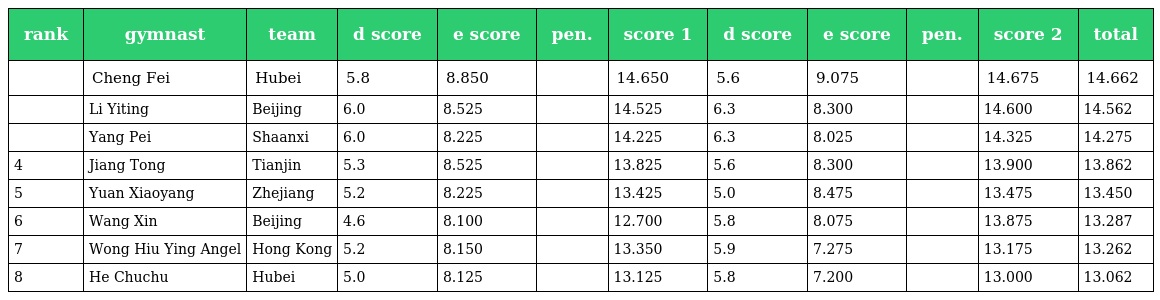
| rank | gymnast | team | d score | e score | pen. | score 1 | d score | e score | pen. | score 2 | total |
 | --- | --- | --- | --- | --- | --- | --- | --- | --- | --- | --- | --- |
 |  | Cheng Fei | Hubei | 5.8 | 8.850 |  | 14.650 | 5.6 | 9.075 |  | 14.675 | 14.662 |
 |  | Li Yiting | Beijing | 6.0 | 8.525 |  | 14.525 | 6.3 | 8.300 |  | 14.600 | 14.562 |
 |  | Yang Pei | Shaanxi | 6.0 | 8.225 |  | 14.225 | 6.3 | 8.025 |  | 14.325 | 14.275 |
 | 4 | Jiang Tong | Tianjin | 5.3 | 8.525 |  | 13.825 | 5.6 | 8.300 |  | 13.900 | 13.862 |
 | 5 | Yuan Xiaoyang | Zhejiang | 5.2 | 8.225 |  | 13.425 | 5.0 | 8.475 |  | 13.475 | 13.450 |
 | 6 | Wang Xin | Beijing | 4.6 | 8.100 |  | 12.700 | 5.8 | 8.075 |  | 13.875 | 13.287 |
 | 7 | Wong Hiu Ying Angel | Hong Kong | 5.2 | 8.150 |  | 13.350 | 5.9 | 7.275 |  | 13.175 | 13.262 |
 | 8 | He Chuchu | Hubei | 5.0 | 8.125 |  | 13.125 | 5.8 | 7.200 |  | 13.000 | 13.062 |